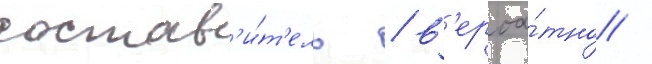
состав'и́т'ель / в'ероа́тно /